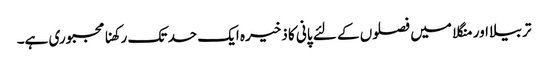
تربیلا اور منگلا میں فصلوں کے لئے پانی کا ذخیرہ ایک حد تک رکھنا مجبوری ہے۔